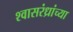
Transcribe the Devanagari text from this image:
श्वासरंध्रांच्या